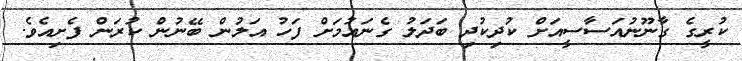
ކުރީގެ ގާނޫނުއަސާސީއަށް ކުދިކުދި ބަދަލު ގެނައުމަށް ފަހު އަލުން ބޭނުން ކުރަން ފެށިއެވެ.